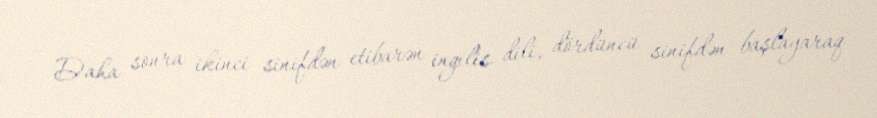
Daha sonra ikinci sinifdən etibarən ingilis dili, dördüncü sinifdən başlayaraq